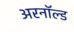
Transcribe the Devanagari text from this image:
अरनॉल्‍ड